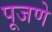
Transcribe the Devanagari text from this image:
पूजणे